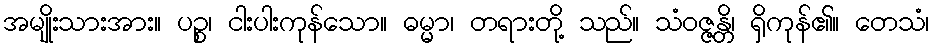
အမျိုးသားအား။ ပဉ္စ၊ ငါးပါးကုန်သော။ ဓမ္မာ၊ တရားတို့ သည်။ သံဝဇ္ဇန္တိ၊ ရှိကုန်၏။ တေသံ၊